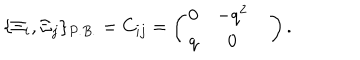
\{ \Xi _ { i } , \Xi _ { j } \} _ { P . B . } = C _ { i j } = \left( \begin{matrix} { { 0 } } & { { - q ^ { 2 } } } & { { } } \\ { { q } } & { { 0 } } & { { } } \\ \end{matrix} \right) .